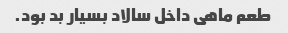
طعم ماهی داخل سالاد بسیار بد بود.